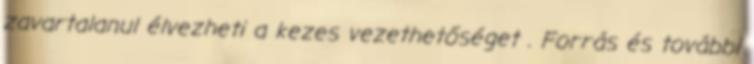
zavartalanul élvezheti a kezes vezethetőséget . Forrás és további